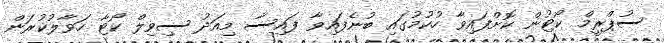
ސުޕްރީމް ކޯޓުން ކޮށްފައިވާ ހުކުމުގައި ބުނެފައިވާ ފައިސާ މިއަދު ސިވިލް ކޯޓާ ހަވާލުކުރަން